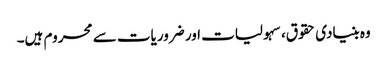
وہ بنیادی حقوق، سہولیات اور ضروریات سے محروم ہیں۔